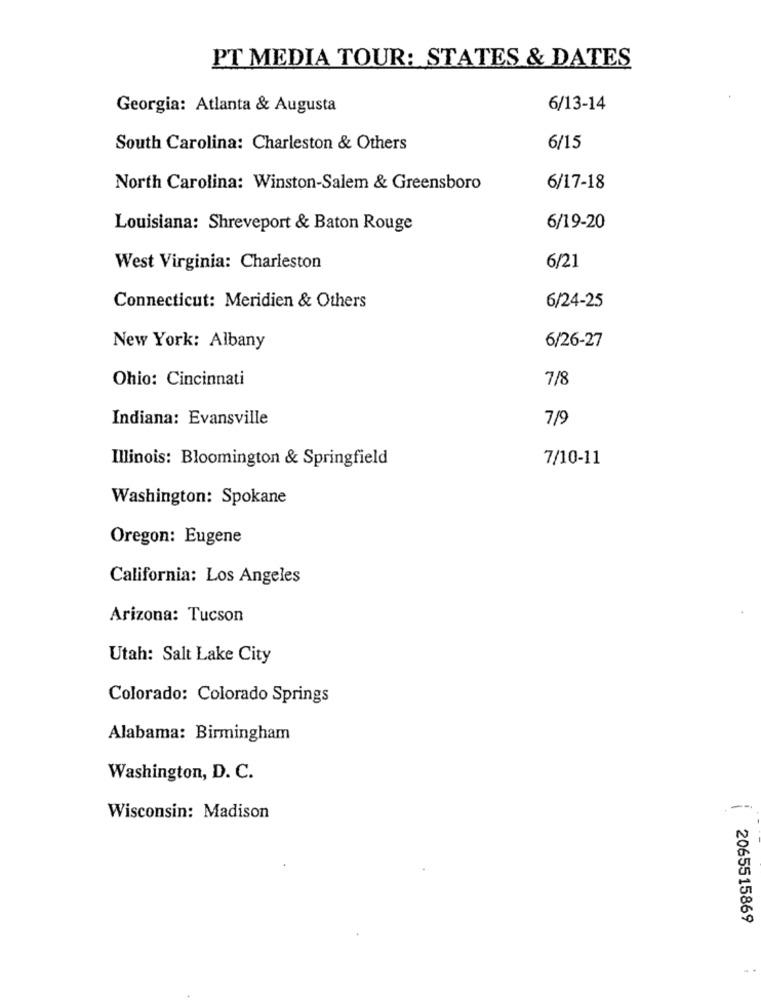
PT MEDIA TOUR: STATES & DATES
Georgia: Atlanta & Augusta
6/13-14
South Carolina: Charleston & Others
6/15
North Carolina: Winston-Salem & Greensboro
6/17-18
Louisiana: Shreveport & Baton Rouge
6/19-20
West Virginia: Charleston
6/21
6/24-25
Connecticut: Meridien & Others
New York: Albany
6/26-27
Ohio: Cincinnati
7/8
Indiana: Evansville
7/9
7/10-11
Illinois: Bloomington & Springfield
Washington: Spokane
Oregon: Eugene
California: Los Angeles
Arizona: Tucson
Utah: Salt Lake City
Colorado: Colorado Springs
Alabama: Birmingham
Washington, D. C.
Wisconsin: Madison
2065515869